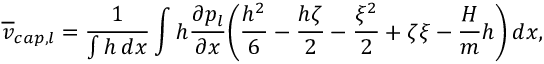
\overline { { v } } _ { c a p , l } = \frac { 1 } { \int h \, d x } \int h \frac { \partial p _ { l } } { \partial x } \bigg ( \frac { h ^ { 2 } } { 6 } - \frac { h \zeta } { 2 } - \frac { \xi ^ { 2 } } { 2 } + \zeta \xi - \frac { H } { m } h \bigg ) \, d x ,